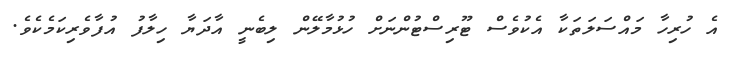
އެ ހުރިހާ މައްސަލަތަކާ އެކުވެސް ޓޫރިސްޓުންނަށް ހުޅުމާލޭން ލިބެނީ އާދަޔާ ހިލާފު އުފާވެރިކަމެކެވެ.